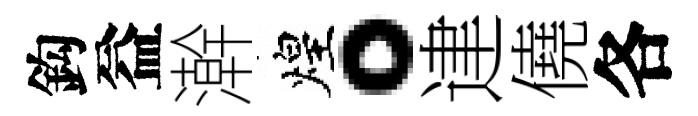
鈎益澣煌。䢖僥各